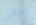
بعض